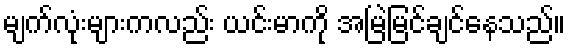
မျက်လုံးများကလည်း ယင်းမာကို အမြဲမြင်ချင်နေသည်။